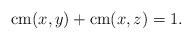
LaTeX: \begin{align*} \mathrm{cm}(x,y)+\mathrm{cm}(x,z)=1. \end{align*}